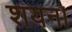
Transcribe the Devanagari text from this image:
शयन।